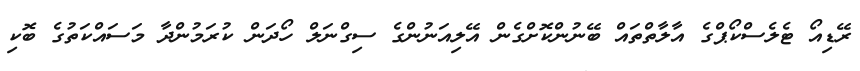
ރޭޑިއޯ ޓެލެސްކޯޕްގެ އާލާތްތައް ބޭނުންކޮށްގެން އޭލިއަނުންގެ ސިގްނަލް ހޯދަން ކުރަމުންދާ މަސައްކަތުގެ ބޮކި